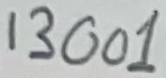
Text: 13001